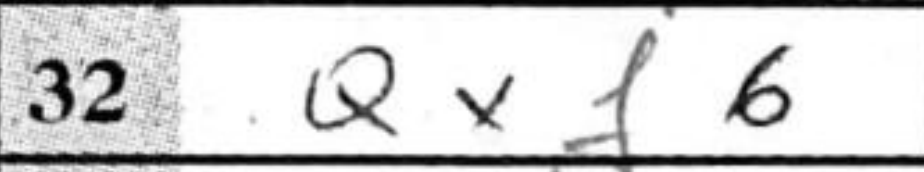
Transcription: Qxf6